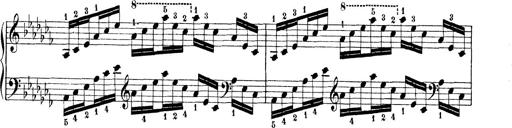
Title: Technische Studien
Composer: Franz Liszt